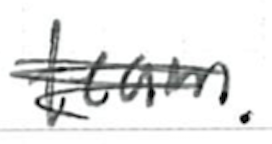
Text: team.
Cross-out: mix
Writing tool: ballpoint